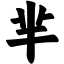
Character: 芈